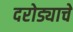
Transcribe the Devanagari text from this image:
दरोड्याचे